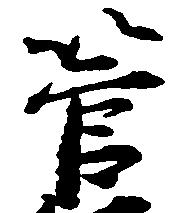
管